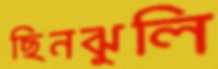
ছিনঝুলি